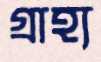
গ্রাহ্য